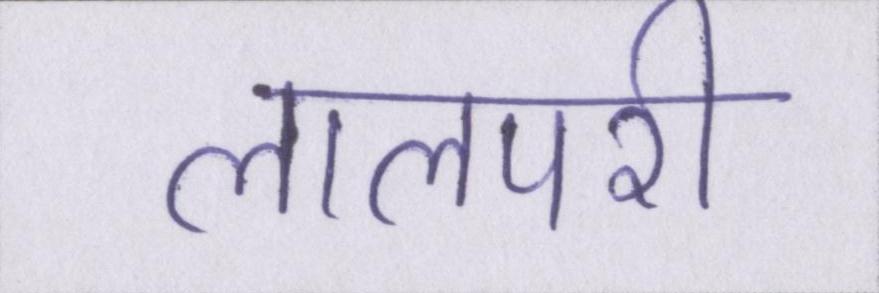
लालपरी